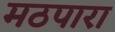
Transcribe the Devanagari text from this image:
मठपारा